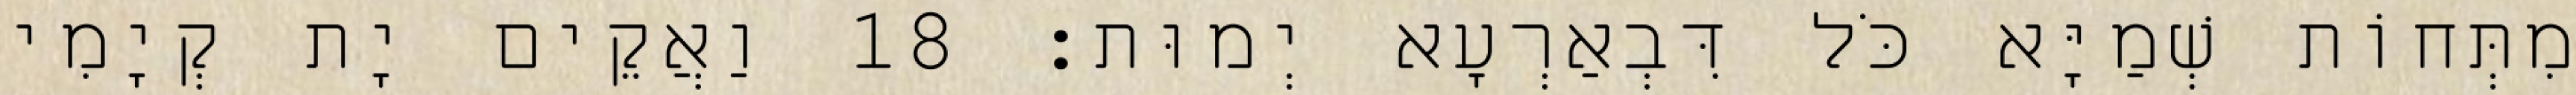
מִתְּחוֹת שְׁמַיָּא כֹּל דִּבְאַרְעָא יְמוּת׃ 18 וַאֲקֵים יָת קְיָמִי